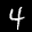
Label: 4